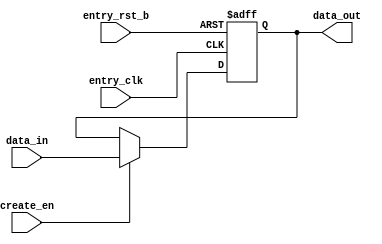
// This program was cloned from: https://github.com/T-head-Semi/opene906
// License: Apache License 2.0

/*Copyright 2020-2021 T-Head Semiconductor Co., Ltd.

Licensed under the Apache License, Version 2.0 (the "License");
you may not use this file except in compliance with the License.
You may obtain a copy of the License at

    http://www.apache.org/licenses/LICENSE-2.0

Unless required by applicable law or agreed to in writing, software
distributed under the License is distributed on an "AS IS" BASIS,
WITHOUT WARRANTIES OR CONDITIONS OF ANY KIND, either express or implied.
See the License for the specific language governing permissions and
limitations under the License.
*/
module ahb_fifo_entry(
  create_en,
  data_in,
  data_out,
  entry_clk,
  entry_rst_b
);

// &Ports; @20
input           create_en;  
input   [54:0]  data_in;    
input           entry_clk;  
input           entry_rst_b; 
output  [54:0]  data_out;   

// &Regs; @21
reg     [54:0]  data_out;   

// &Wires; @22
wire            create_en;  
wire    [54:0]  data_in;    
wire            entry_clk;  
wire            entry_rst_b; 


always @(posedge entry_clk or negedge entry_rst_b)
begin
  if (!entry_rst_b)
    data_out[54:0] <= 54'b0;
  else if (create_en)
    data_out[54:0] <= data_in[54:0];
  else
    data_out[54:0] <= data_out[54:0];
end

// &Force("output","data_out"); @34




// &ModuleEnd; @39
endmodule